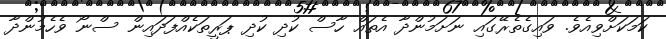
ކަމަކަށްވިއެވެ. ވައިގެތެރޭގައި ނަށަމުންދާ އެތައް ހާސް ކުދި ކުދި ޕަރީތަކެއްފަދައިން ސްނޯ ވެހެމުންދާ